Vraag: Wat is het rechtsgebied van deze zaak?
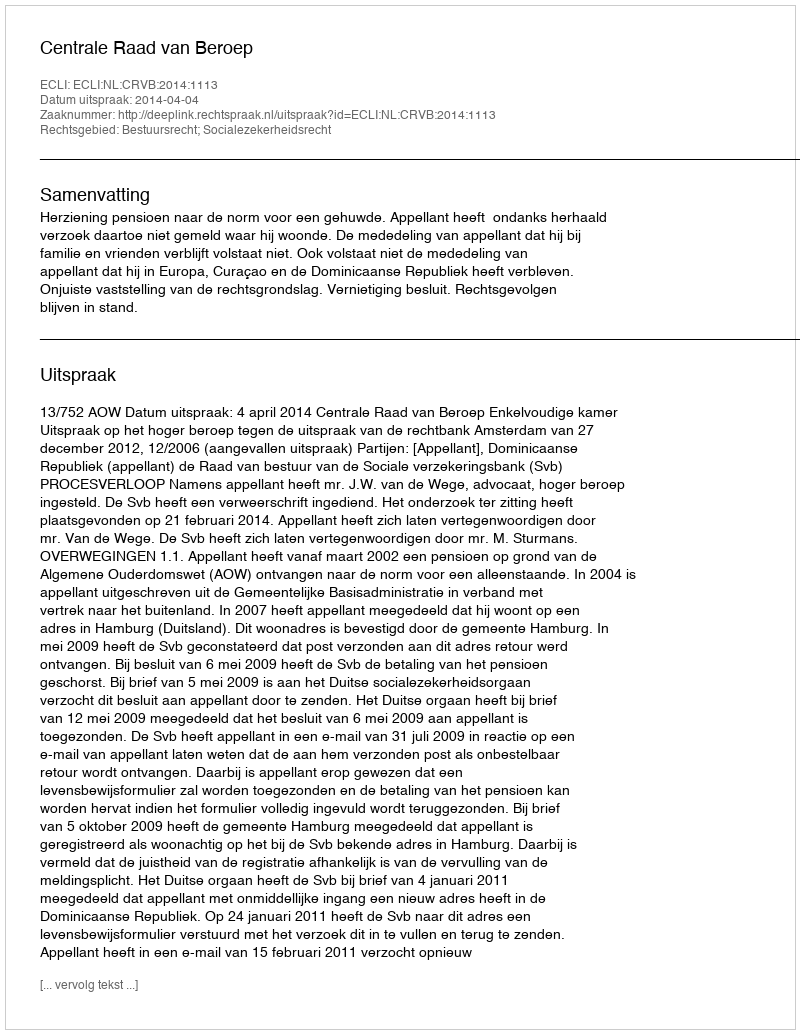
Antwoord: Bestuursrecht; Socialezekerheidsrecht